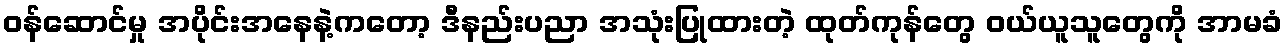
ဝန်ဆောင်မှု အပိုင်းအနေနဲ့ကတော့ ဒီနည်းပညာ အသုံးပြုထားတဲ့ ထုတ်ကုန်တွေ ဝယ်ယူသူတွေကို အာမခံ